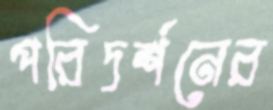
পরিদর্শনের